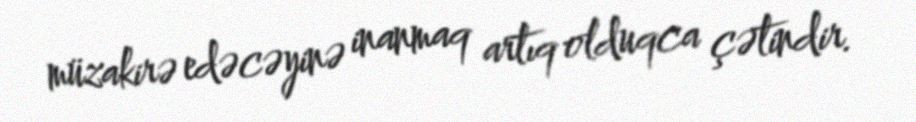
müzakirə edəcəyinə inanmaq artıq olduqca çətindir.